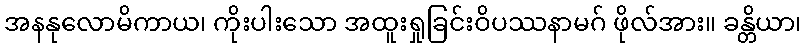
အနနုလောမိကာယ၊ ကိုးပါးသော အထူးရှုခြင်းဝိပဿနာမဂ် ဖိုလ်အား။ ခန္တိယာ၊